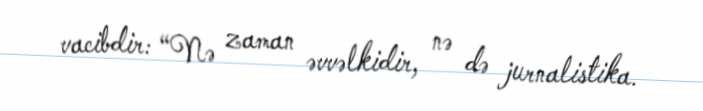
vacibdir: “Nə zaman əvvəlkidir, nə də jurnalistika.